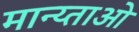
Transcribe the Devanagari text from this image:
मान्य्ताओ